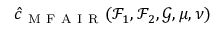
\hat { c } _ { \mathrm { ~ M ~ F ~ A ~ I ~ R ~ } } ( \mathcal { F } _ { 1 } , \mathcal { F } _ { 2 } , \mathcal { G } , \mu , \nu )